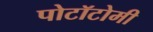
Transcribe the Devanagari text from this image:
पोटॉटोमी